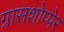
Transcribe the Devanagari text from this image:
ग्रासशोप्पेर